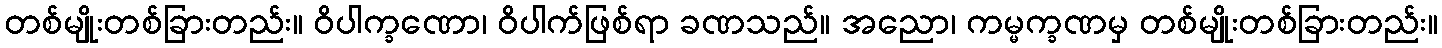
တစ်မျိုးတစ်ခြားတည်း။ ဝိပါက္ခဏော၊ ဝိပါက်ဖြစ်ရာ ခဏသည်။ အညော၊ ကမ္မက္ခဏမှ တစ်မျိုးတစ်ခြားတည်း။